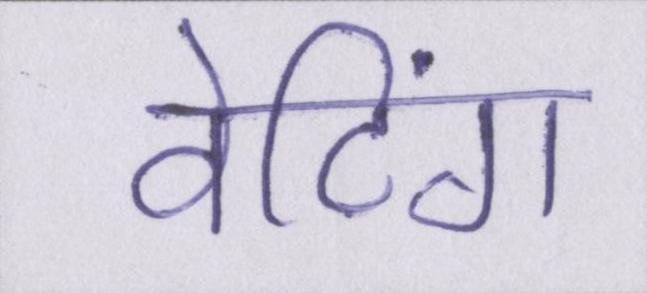
वेटिंग